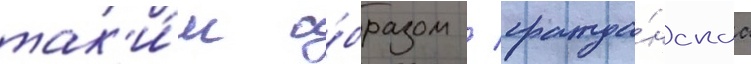
так'и́м о́бразом / гражда́нскаа